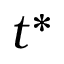
t ^ { * }